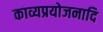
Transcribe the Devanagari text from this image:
काव्यप्रयोजनादि